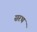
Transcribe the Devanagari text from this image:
सरथं